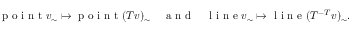
\begin{array} { r } { \mathrm { ~ p ~ o ~ i ~ n ~ t ~ } v _ { \sim } \mapsto \mathrm { ~ p ~ o ~ i ~ n ~ t ~ } ( T v ) _ { \sim } \quad \mathrm { ~ a ~ n ~ d ~ } \quad \mathrm { ~ l ~ i ~ n ~ e ~ } v _ { \sim } \mapsto \mathrm { ~ l ~ i ~ n ~ e ~ } ( T ^ { - T } v ) _ { \sim } . } \end{array}